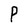
Character: P